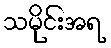
သမိုင်းအရ